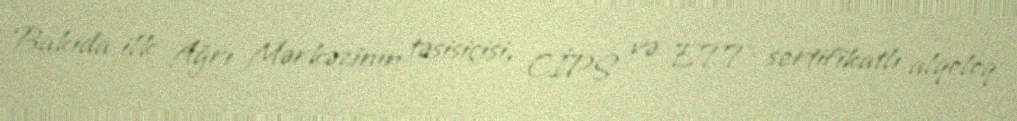
Bakıda ilk Ağrı Mərkəzinin təsisiçisi, CİPS və ETT sertifikatlı alqoloq